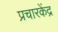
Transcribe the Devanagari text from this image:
प्रचारकेंद्र